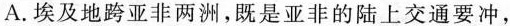
A.埃及地跨亚非两洲，既是亚非的陆上交通要冲，